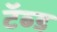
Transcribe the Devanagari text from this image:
टॅब्ड